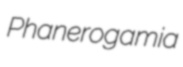
Phanerogamia